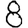
Digit: 8